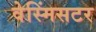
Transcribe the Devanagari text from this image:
वेस्मिंसटर